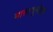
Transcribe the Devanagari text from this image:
मासाचूसेट्स